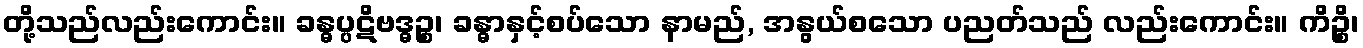
တို့သည်လည်းကောင်း။ ခန္ဓပ္ပဋိဗဒ္ဓဉ္စ၊ ခန္ဓာနှင့်စပ်သော နာမည်, အနွယ်စသော ပညတ်သည် လည်းကောင်း။ ကိဉ္စိ၊